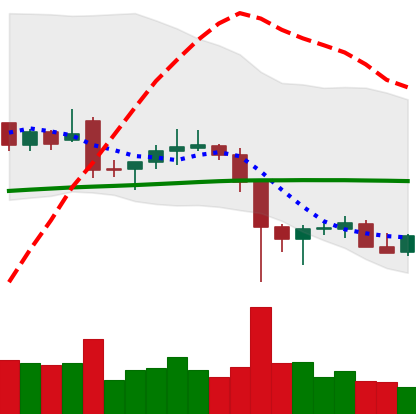
Ticker: LTC-USD
Chart end date: 2021-12-11
Forward return: -5.758%
Label: down_5_7